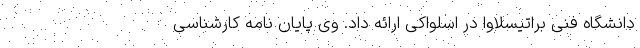
دانشگاه فنی براتیسلاوا در اسلواکی ارائه داد. وی پایان نامه کارشناسی